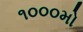
૧૦૦૦મો